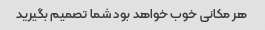
هر مکانی خوب خواهد بود شما تصمیم بگیرید